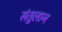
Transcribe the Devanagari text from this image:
संतुलान